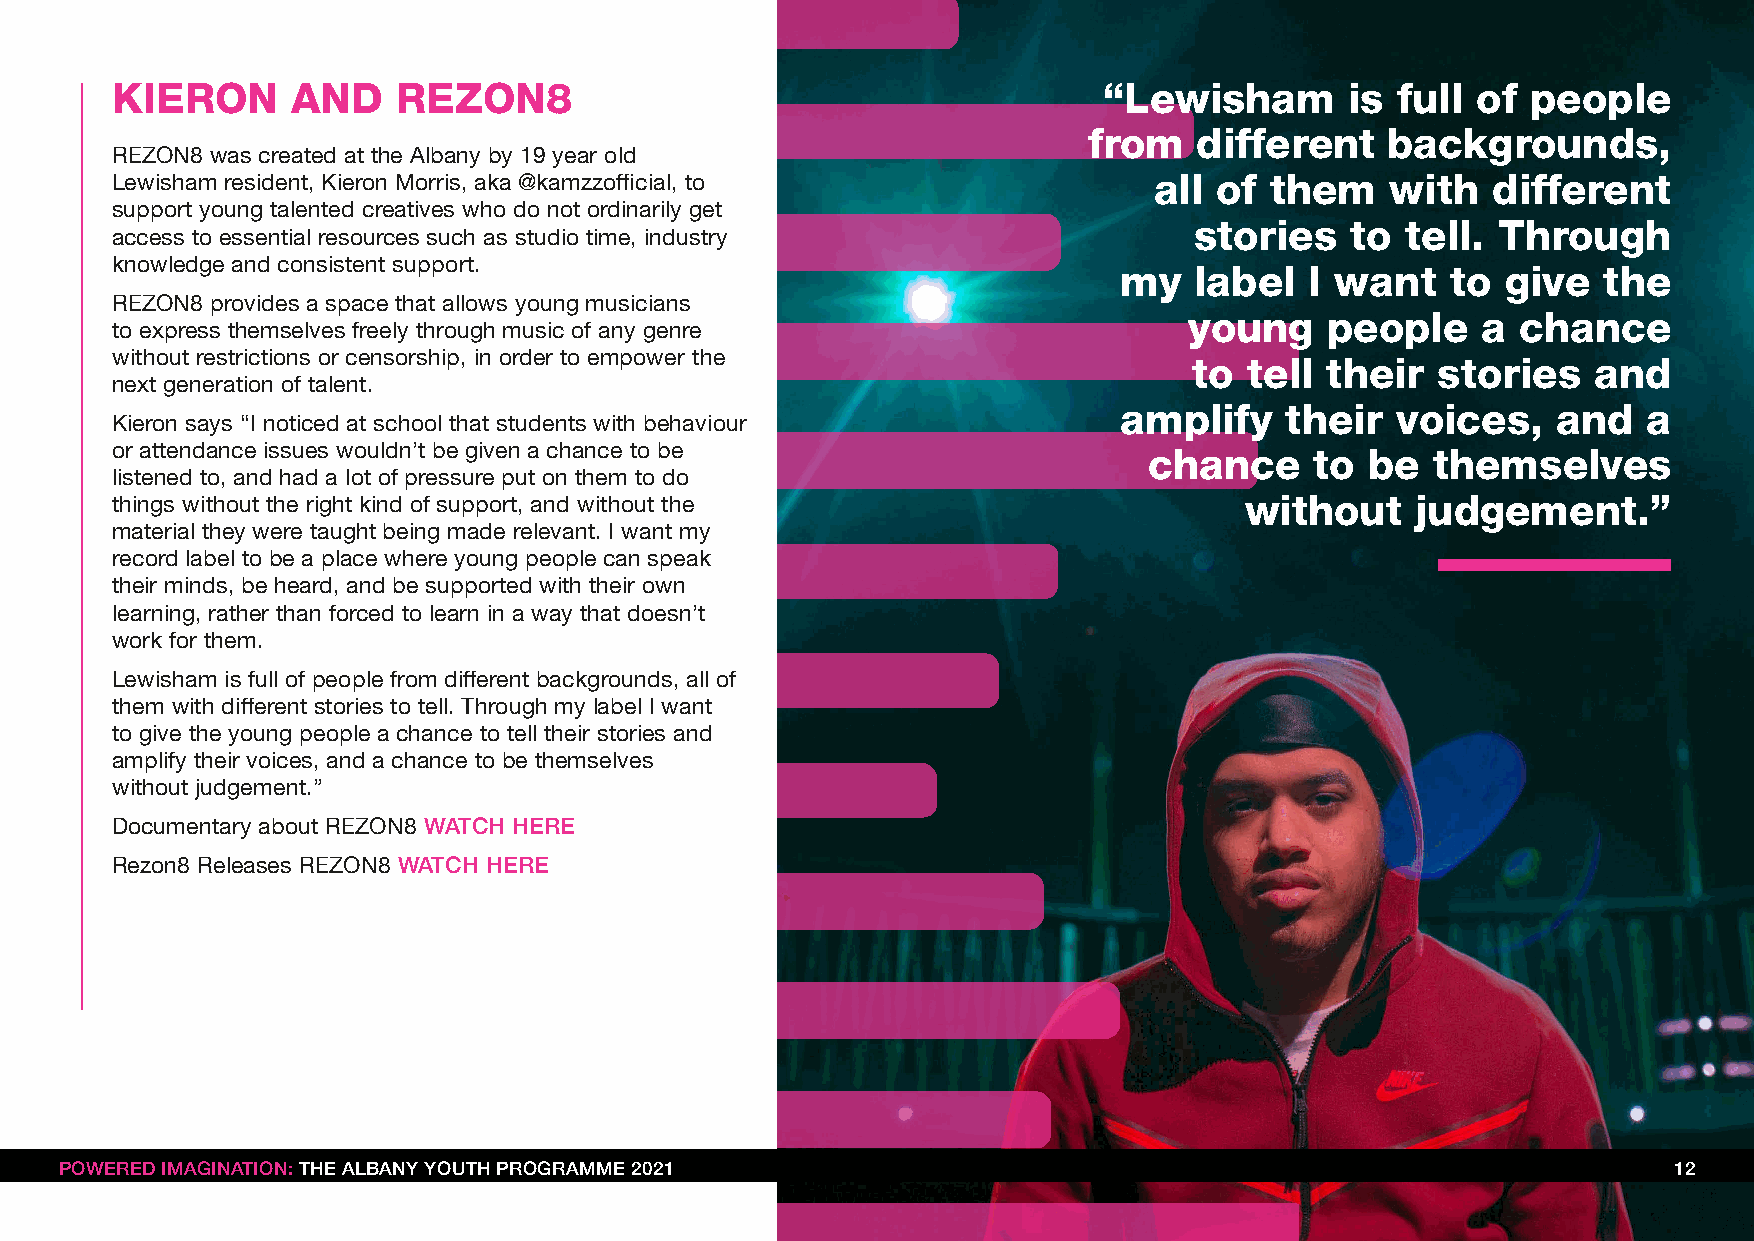
KIERON      AND    REZON8                                         “Lewisham       is full  of people
 from   different    backgrounds,
 REZON8 was created at the Albany by 19 year old
 Lewisham resident, Kieron Morris, aka @kamzzofficial, to             all  of them    with   different
 support young talented creatives who do not ordinarily get
 stories   to  tell. Through
 access to essential resources such as studio time, industry
 knowledge and consistent support.                                  my   label   I want   to  give  the
 REZON8 provides a space that allows young musicians
 young    people    a  chance
 to express themselves freely through music of any genre
 without restrictions or censorship, in order to empower the             to  tell their  stories    and
 next generation of talent.
 amplify    their  voices,    and   a
 Kieron says “I noticed at school that students with behaviour
 or attendance issues wouldn’t be given a chance to be                chance     to  be  themselves
 listened to, and had a lot of pressure put on them to do
 without     judgement.”
 things without the right kind of support, and without the
 material they were taught being made relevant. I want my
 record label to be a place where young people can speak
 their minds, be heard, and be supported with their own
 learning, rather than forced to learn in a way that doesn’t
 work for them.
 Lewisham is full of people from different backgrounds, all of
 them with different stories to tell. Through my label I want
 to give the young people a chance to tell their stories and
 amplify their voices, and a chance to be themselves
 without judgement.”
 Documentary about REZON8 WATCH HERE
 Rezon8 Releases REZON8 WATCH HERE
 PPOOWWEERREEDD IIMMAAGGIINNAATTIIOONN:: TTHHEE AALLBBAANNYY YYOOUUTTHH PPRROOGGRRAAMMMMEE 22002211         12